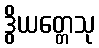
ဒွိယတ္တေသု